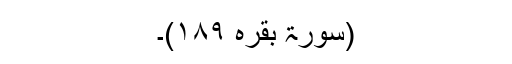
(سورۃ بقرہ ۱۸۹)۔